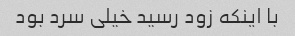
با اینکه زود رسید خیلی سرد بود